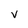
Character: V